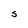
Character: S